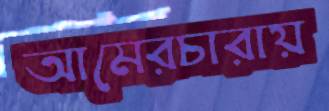
আমেরচারায়